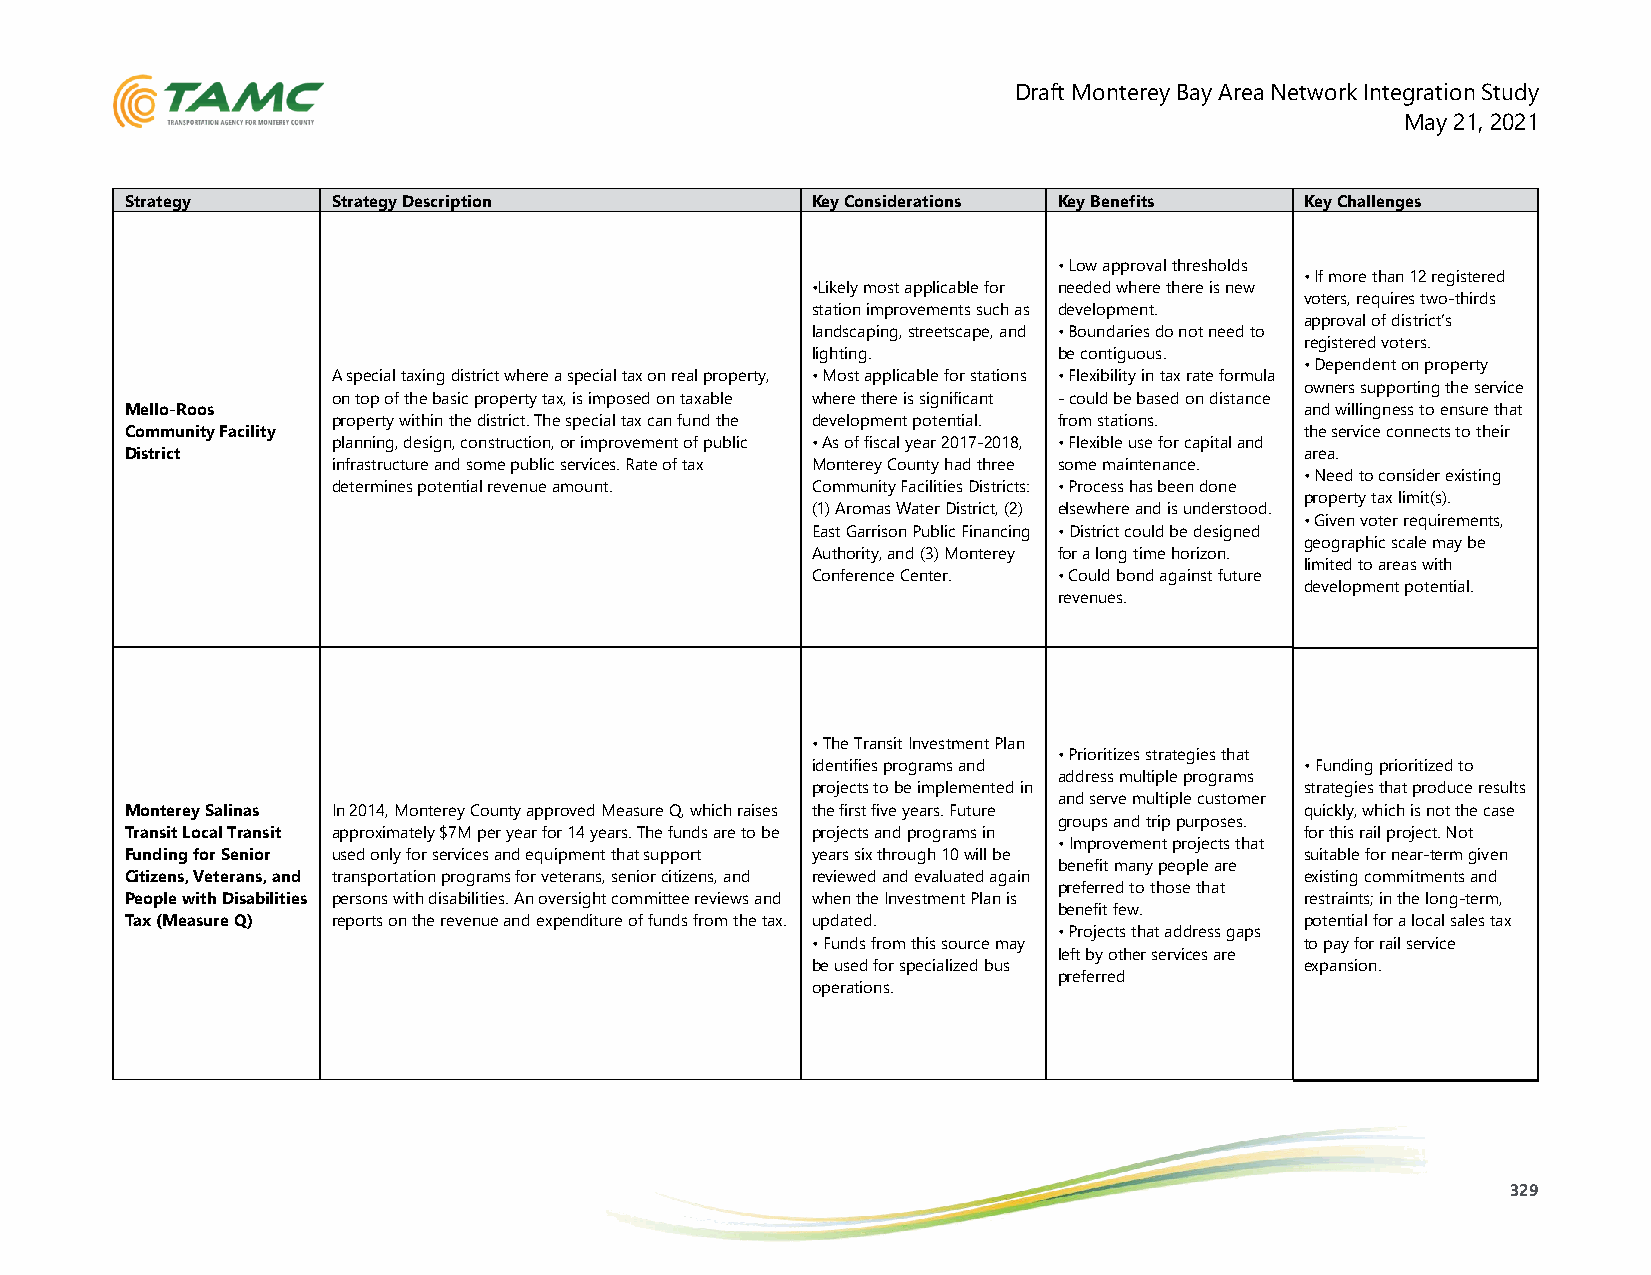
Draft Monterey Bay Area Network Integration Study
 May 21, 2021
 Strategy      Strategy Description            Key Considerations Key Benefits Key Challenges
 • Low approval thresholds
 • If more than 12 registered
 •Likely most applicable for needed where there is new
 voters, requires two-thirds
 station improvements such as development.
 approval of district’s
 landscaping, streetscape, and • Boundaries do not need to
 registered voters.
 lighting.       be contiguous.
 • Dependent on property
 A special taxing district where a special tax on real property, • Most applicable for stations • Flexibility in tax rate formula
 owners supporting the service
 on top of the basic property tax, is imposed on taxable where there is significant - could be based on distance
 Mello-Roos                                                                    and willingness to ensure that
 property within the district. The special tax can fund the development potential. from stations.
 Community Facility                                                            the service connects to their
 planning, design, construction, or improvement of public • As of fiscal year 2017-2018, • Flexible use for capital and
 District                                                                      area.
 infrastructure and some public services. Rate of tax Monterey County had three some maintenance.
 • Need to consider existing
 determines potential revenue amount. Community Facilities Districts: • Process has been done
 property tax limit(s).
 (1) Aromas Water District, (2) elsewhere and is understood.
 • Given voter requirements,
 East Garrison Public Financing • District could be designed
 geographic scale may be
 Authority, and (3) Monterey for a long time horizon.
 limited to areas with
 Conference Center. • Could bond against future
 development potential.
 revenues.
 • The Transit Investment Plan
 • Prioritizes strategies that
 identifies programs and         • Funding prioritized to
 address multiple programs
 projects to be implemented in   strategies that produce results
 and serve multiple customer
 Monterey Salinas In 2014, Monterey County approved Measure Q, which raises the first five years. Future quickly, which is not the case
 groups and trip purposes.
 Transit Local Transit approximately $7M per year for 14 years. The funds are to be projects and programs in for this rail project. Not
 • Improvement projects that
 Funding for Senior used only for services and equipment that support years six through 10 will be suitable for near-term given
 benefit many people are
 Citizens, Veterans, and transportation programs for veterans, senior citizens, and reviewed and evaluated again existing commitments and
 preferred to those that
 People with Disabilities persons with disabilities. An oversight committee reviews and when the Investment Plan is restraints; in the long-term,
 benefit few.
 Tax (Measure Q) reports on the revenue and expenditure of funds from the tax. updated. potential for a local sales tax
 • Projects that address gaps
 • Funds from this source may    to pay for rail service
 left by other services are
 be used for specialized bus     expansion.
 preferred
 operations.
 329